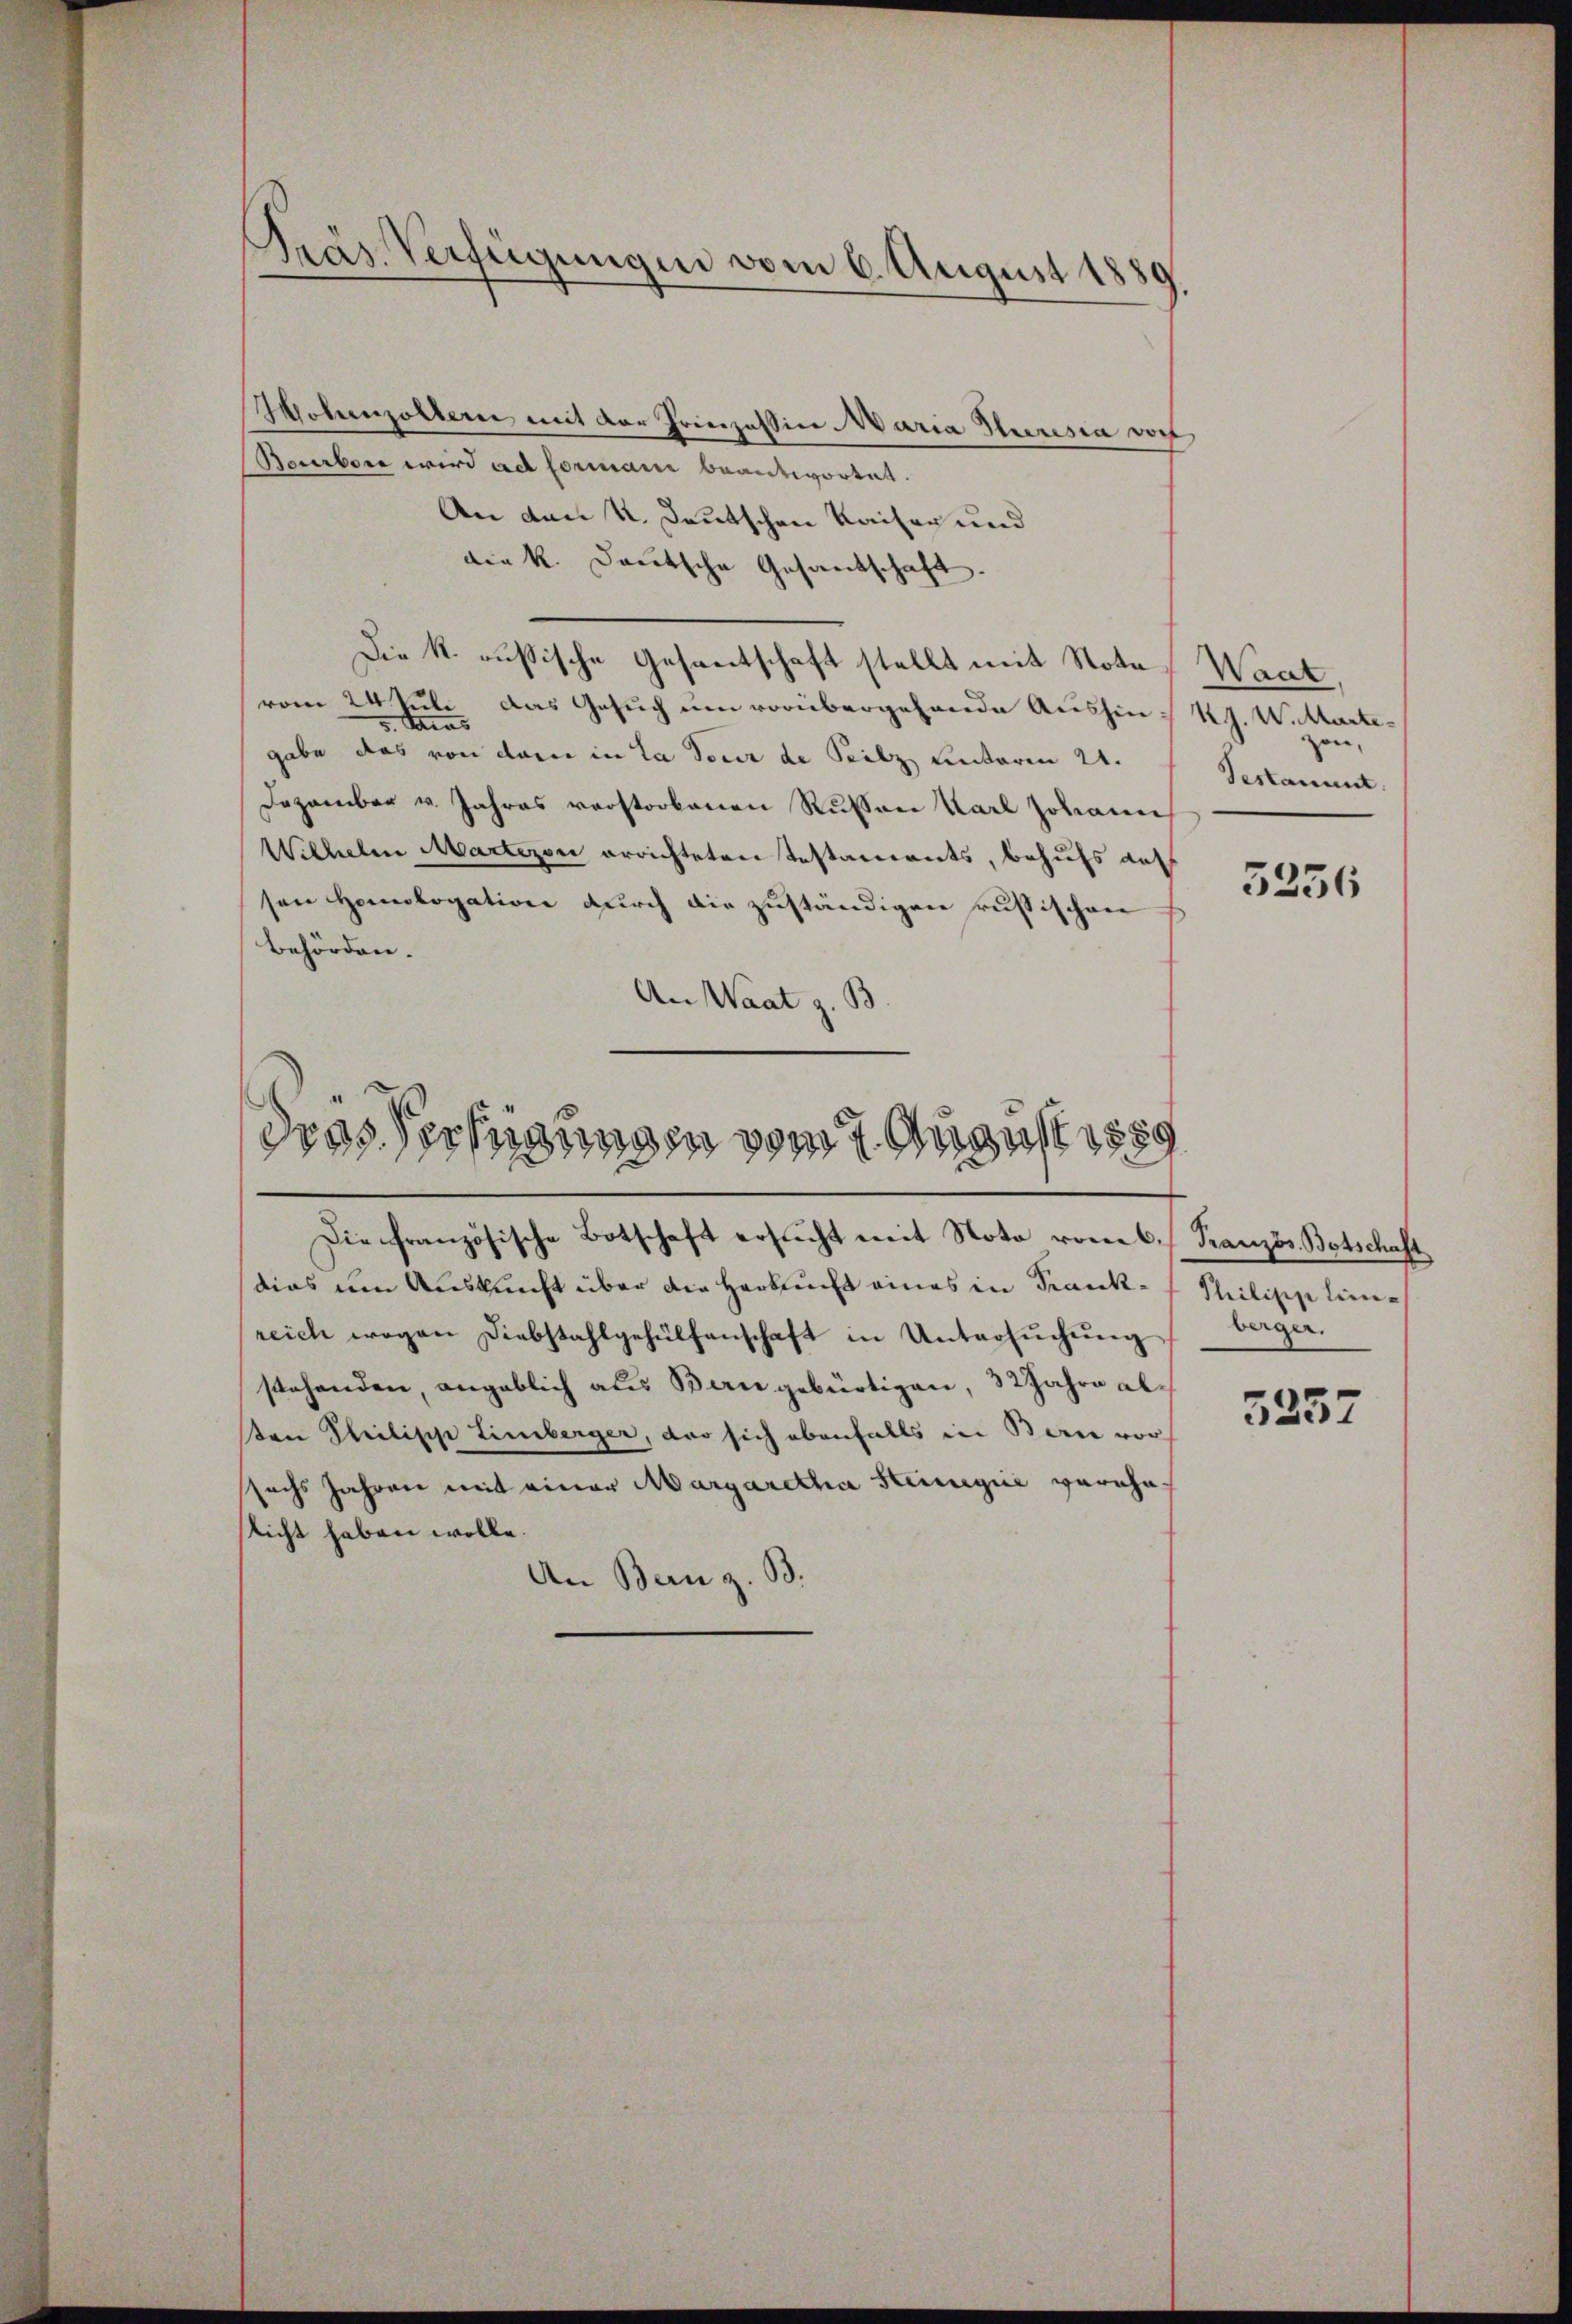
Präs. Verfügungen vom 6. August 1880

Hohenzoltern mit der Prinzessin. Maria Huresia doch
Beurben wird ad formani beantwortet.
An den u. Deutschen Kaiser und
die k. Deutsche Gesandschaft.
Die k. russische Gesandtschaft stellt mit Nota
vom 24. Juli das Gesuch um vorübergehende Aushin: RG. W. Wartegabe das von der in La dour de Peilz unteren 21.
Dezember v. Jahres verstorbenen Russen Karl Johann
Wilhelm Martezon errichteten Testaments, behufs dass
sen Homologation durch die zuständigen russischen
Behörden.
An Waat z. B

dras Verfügungen vom 7. August 1889
Die französische Botschaft ersucht mit Noto vom 6. Französ. Botschaft

dias um Auskunft über die Herbst eines in Frank- Philipplienreich wegen Diebstahlgehülfenschaft in Untersŭchŭng berger.
stehenden, angeblich aus Bern gebürtigen, 32 Jahre alton Philipp Limberger, der sich ebenfalls in Bern vor
sechs Jahren mit einer Margaretha Steinignie vereheslicht haben wolle.
An Bern z. B.

Waat
zon,
Testament.

5236

5357